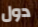
دول